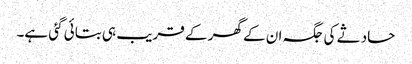
حادثے کی جگہ ان کے گھر کے قریب ہی بتائی گئی ہے۔